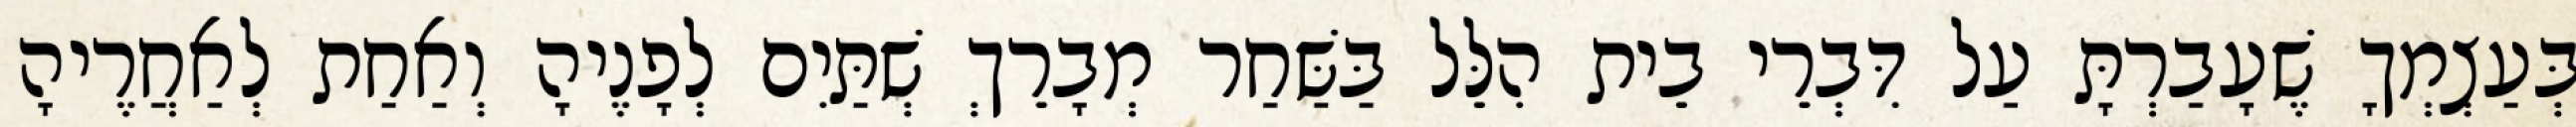
בְּעַצְמְךָ שֶׁעָבַרְתָּ עַל דִּבְרֵי בֵית הִלֵּל בַּשַּׁחַר מְבָרֵךְ שְׁתַּיִם לְפָנֶיהָ וְאַחַת לְאַחֲרֶיהָ